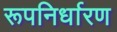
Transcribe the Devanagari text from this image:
रूपनिर्धारण